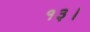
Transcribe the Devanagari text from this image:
१३।